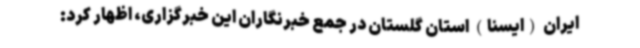
ایران (ایسنا) استان گلستان در جمع خبرنگاران این خبرگزاری، اظهار کرد: